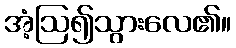
အံ့ဩ၍သွားလေ၏။